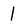
Character: 1